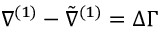
\nabla ^ { ( 1 ) } - \tilde { \nabla } ^ { ( 1 ) } = \Delta \Gamma